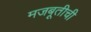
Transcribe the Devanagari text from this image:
मजबूतीची